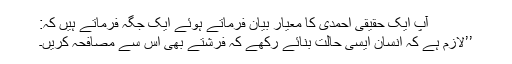
آپ ایک حقیقی احمدی کا معیار بیان فرماتے ہوئے ایک جگہ فرماتے ہیں کہ:
’’لازم ہے کہ انسان ایسی حالت بنائے رکھے کہ فرشتے بھی اس سے مصافحہ کریں۔